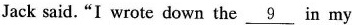
Jack said."I wrote down the \underline{9} in my